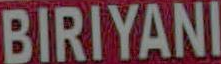
BIRIYANI